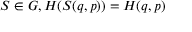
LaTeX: S \in G , H ( S ( q , p ) ) = H ( q , p )